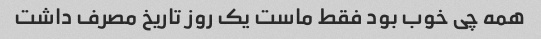
همه چی خوب بود فقط ماست یک روز تاریخ مصرف داشت